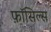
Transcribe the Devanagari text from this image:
फ़ॉसिल्स